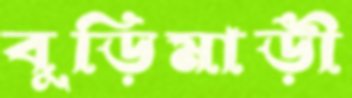
বুড়িমাড়ী